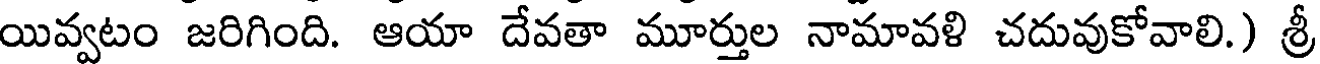
యివ్వటం జరిగింది. ఆయా దేవతా మూర్తుల నామావళి చదువుకోవాలి.) శ్రీ